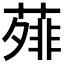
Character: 𬞃